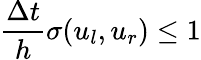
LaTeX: \frac{\Delta t}{h}\sigma(u_{l},u_{r})\leq 1